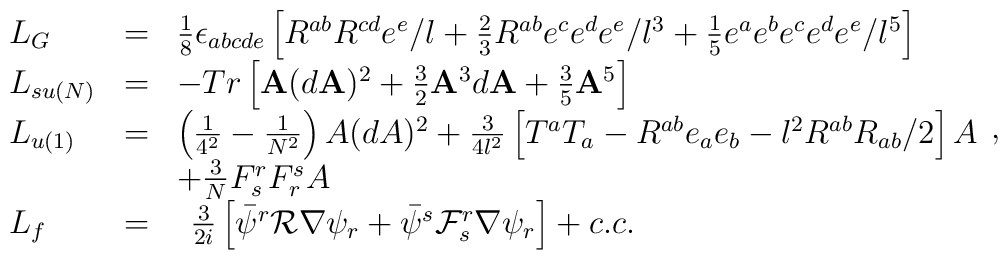
\begin{array}{lll}L_{G} & = & \frac{1}{8}\epsilon_{abcde} \left[ R^{ab}R^{cd} e^{e}/l +\frac{2}{3}R^{ab}e^{c}e^{d}e^{e}/l^{3} + \frac{1}{5}e^{a}e^{b}e^{c}e^{d}e^{e}/l^{5} \right] \\L_{su(N)} & = &-Tr\left[ {\bf A}(d{\bf A})^{2}+\frac{3}{2}{\bf A}^{3}d{\bf A }+\frac{3}{5}{\bf A}^{5}\right] \\L_{u(1)} & = & \left( \frac{1}{4^{2}}-\frac{1}{N^{2}}\right)A(dA)^{2}+\frac{ 3}{4l^{2}}\left[T^{a}T_{a}-R^{ab}e_{a}e_{b}-l^{2}R^{ab}R_{ab}/2\right] A \\&  & +\frac{3}{N}F_{s}^{r}F_{r}^{s}A \\L_{f} & = &\begin{array}{l}\frac{3}{2i}\left[ \bar{\psi}^{r}{\cal R}\nabla \psi_{r}+\bar{\psi}^{s} {\cal F}_{s}^{r}\nabla \psi _{r}\right] +c.c.\end{array}\end{array},